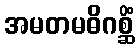
အမတမဓိဂစ္ဆိံ